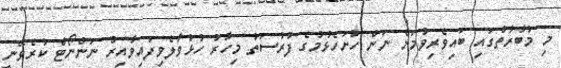
މި މުބާރާތުގައި ބައިވެރިވުމަށް ނަން ހުށަހެޅުމުގެ ފުރުސަތު މިހާރު ހުޅުވާލެވިފައިވާއިރު ނަންނޯޓް ކުރެވޭނީ